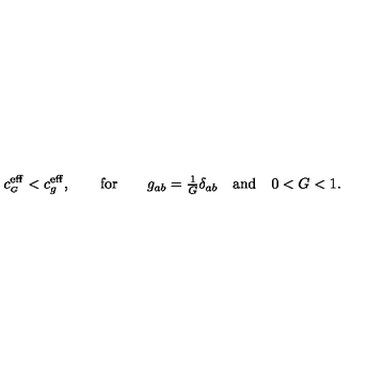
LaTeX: c _ { \scriptscriptstyle G } ^ { \mathrm { e f f } } < c _ { g } ^ { \mathrm { e f f } } , \qquad \mathrm { f o r } \qquad g _ { a b } = { \textstyle \frac { 1 } { G } } \delta _ { a b } \quad \mathrm { a n d } \quad 0 < G < 1 .